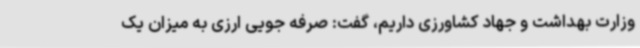
وزارت بهداشت و جهاد کشاورزی داریم، گفت: صرفه جویی ارزی به میزان یک